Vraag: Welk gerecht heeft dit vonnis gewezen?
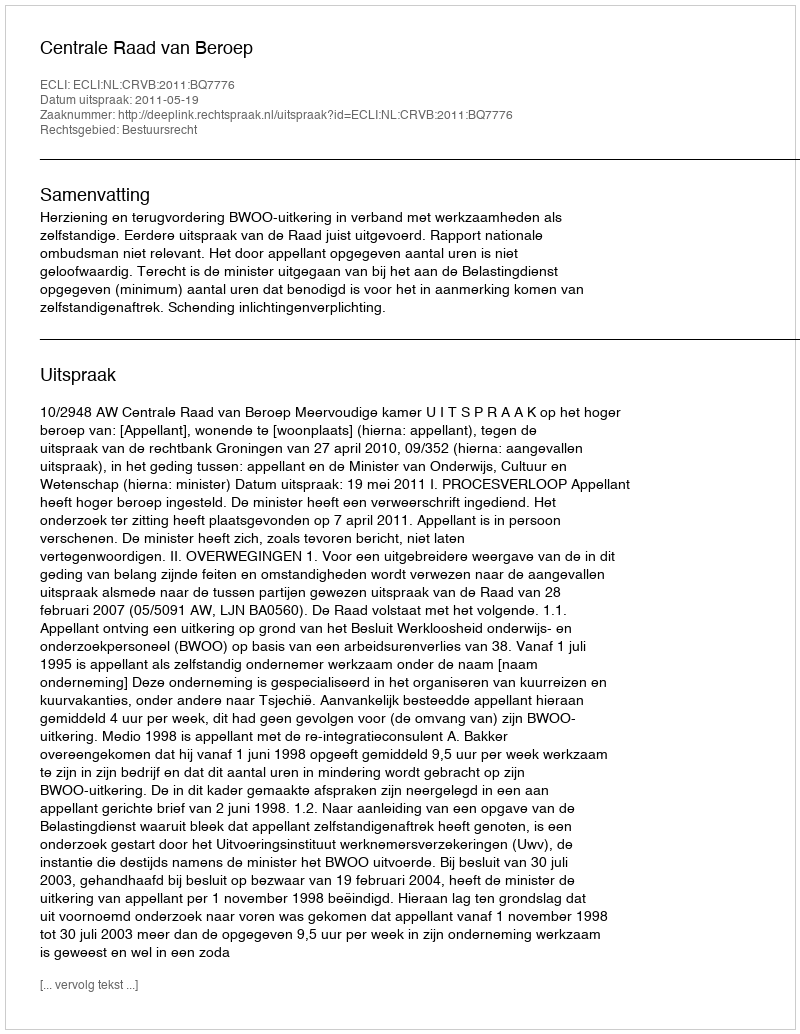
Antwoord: Centrale Raad van Beroep